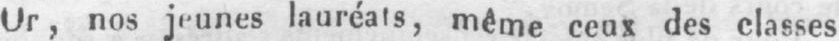
Or, nos jeunes lauréats, même ceux des classes